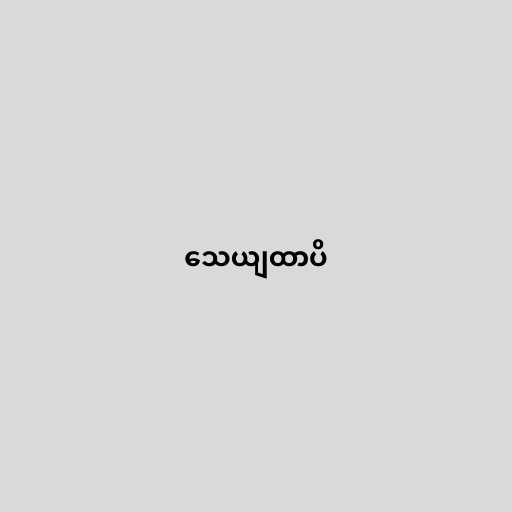
သေယျထာပိ